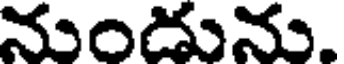
నుండును.